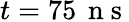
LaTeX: t=75\, \mathrm{~n~s~}